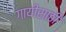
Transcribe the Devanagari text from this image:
गायीसाठी